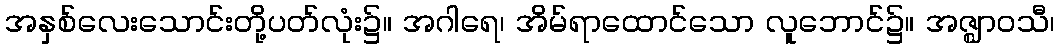
အနှစ်လေးသောင်းတို့ပတ်လုံး၌။ အဂါရေ၊ အိမ်ရာထောင်သော လူဘောင်၌။ အဇ္ဈာဝသီ၊